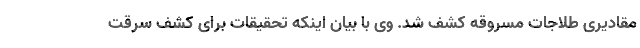
مقادیری طلاجات مسروقه کشف شد. وی با بیان اینکه تحقیقات برای کشف سرقت